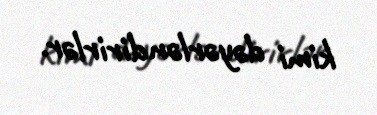
kimi dəyərləndirirlər.